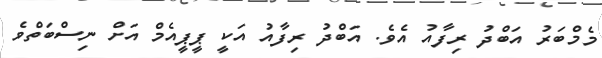
މެމްބަރު އަބްދު ރިފާއު އެވެ. އަބްދު ރިފާއު އަކީ ޕީޕީއެމް އަށް ނިސްބަތްވެ